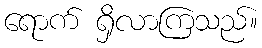
ရောက် ရှိလာကြသည်။